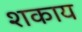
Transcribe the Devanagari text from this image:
शकाय